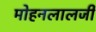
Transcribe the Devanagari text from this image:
मोहनलालजी